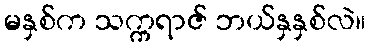
မနှစ်က သက္ကရာဇ် ဘယ်နှနှစ်လဲ။